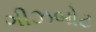
ગીઝબોટ